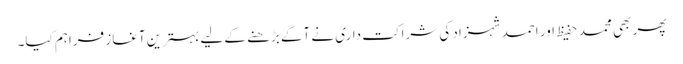
پھر بھی محمد حفیظ اور احمد شہزاد کی شراکت داری نے آگے بڑھنے کے لیے بہترین آغاز فراہم کیا۔